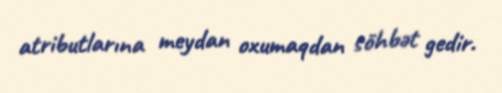
atributlarına meydan oxumaqdan söhbət gedir.